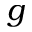
g